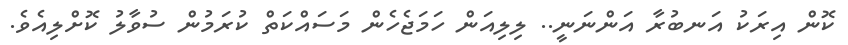
ކޮން އިރަކު އަނބުރާ އަންނަނީ.. ލިލިއަން ހަމަޖެހެން މަސައްކަތް ކުރަމުން ސުވާލު ކޮށްލިއެވެ.